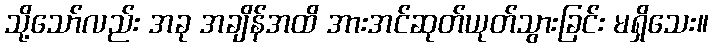
သို့သော်လည်း အခု အချိန်အထိ အားအင်ဆုတ်ယုတ်သွားခြင်း မရှိသေး။